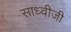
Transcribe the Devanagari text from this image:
साध्वीजी